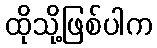
ထိုသို့ဖြစ်ပါက